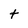
Character: t